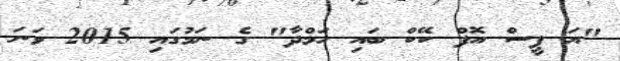
"އަ ޕީސް އޮފް ކޭކް ބައި ހަމްދާ" ގެ ނަމުގައި 2015 ވަނަ